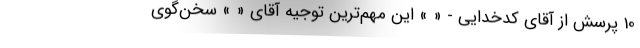
10 پرسش از آقای کدخدایی - « » این مهم‌ترین توجیه آقای « » سخن‌گوی